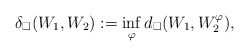
\begin{align*}\delta_\square(W_1,W_2):=\inf_{\varphi}d_\square(W_1,W_2^\varphi),\end{align*}